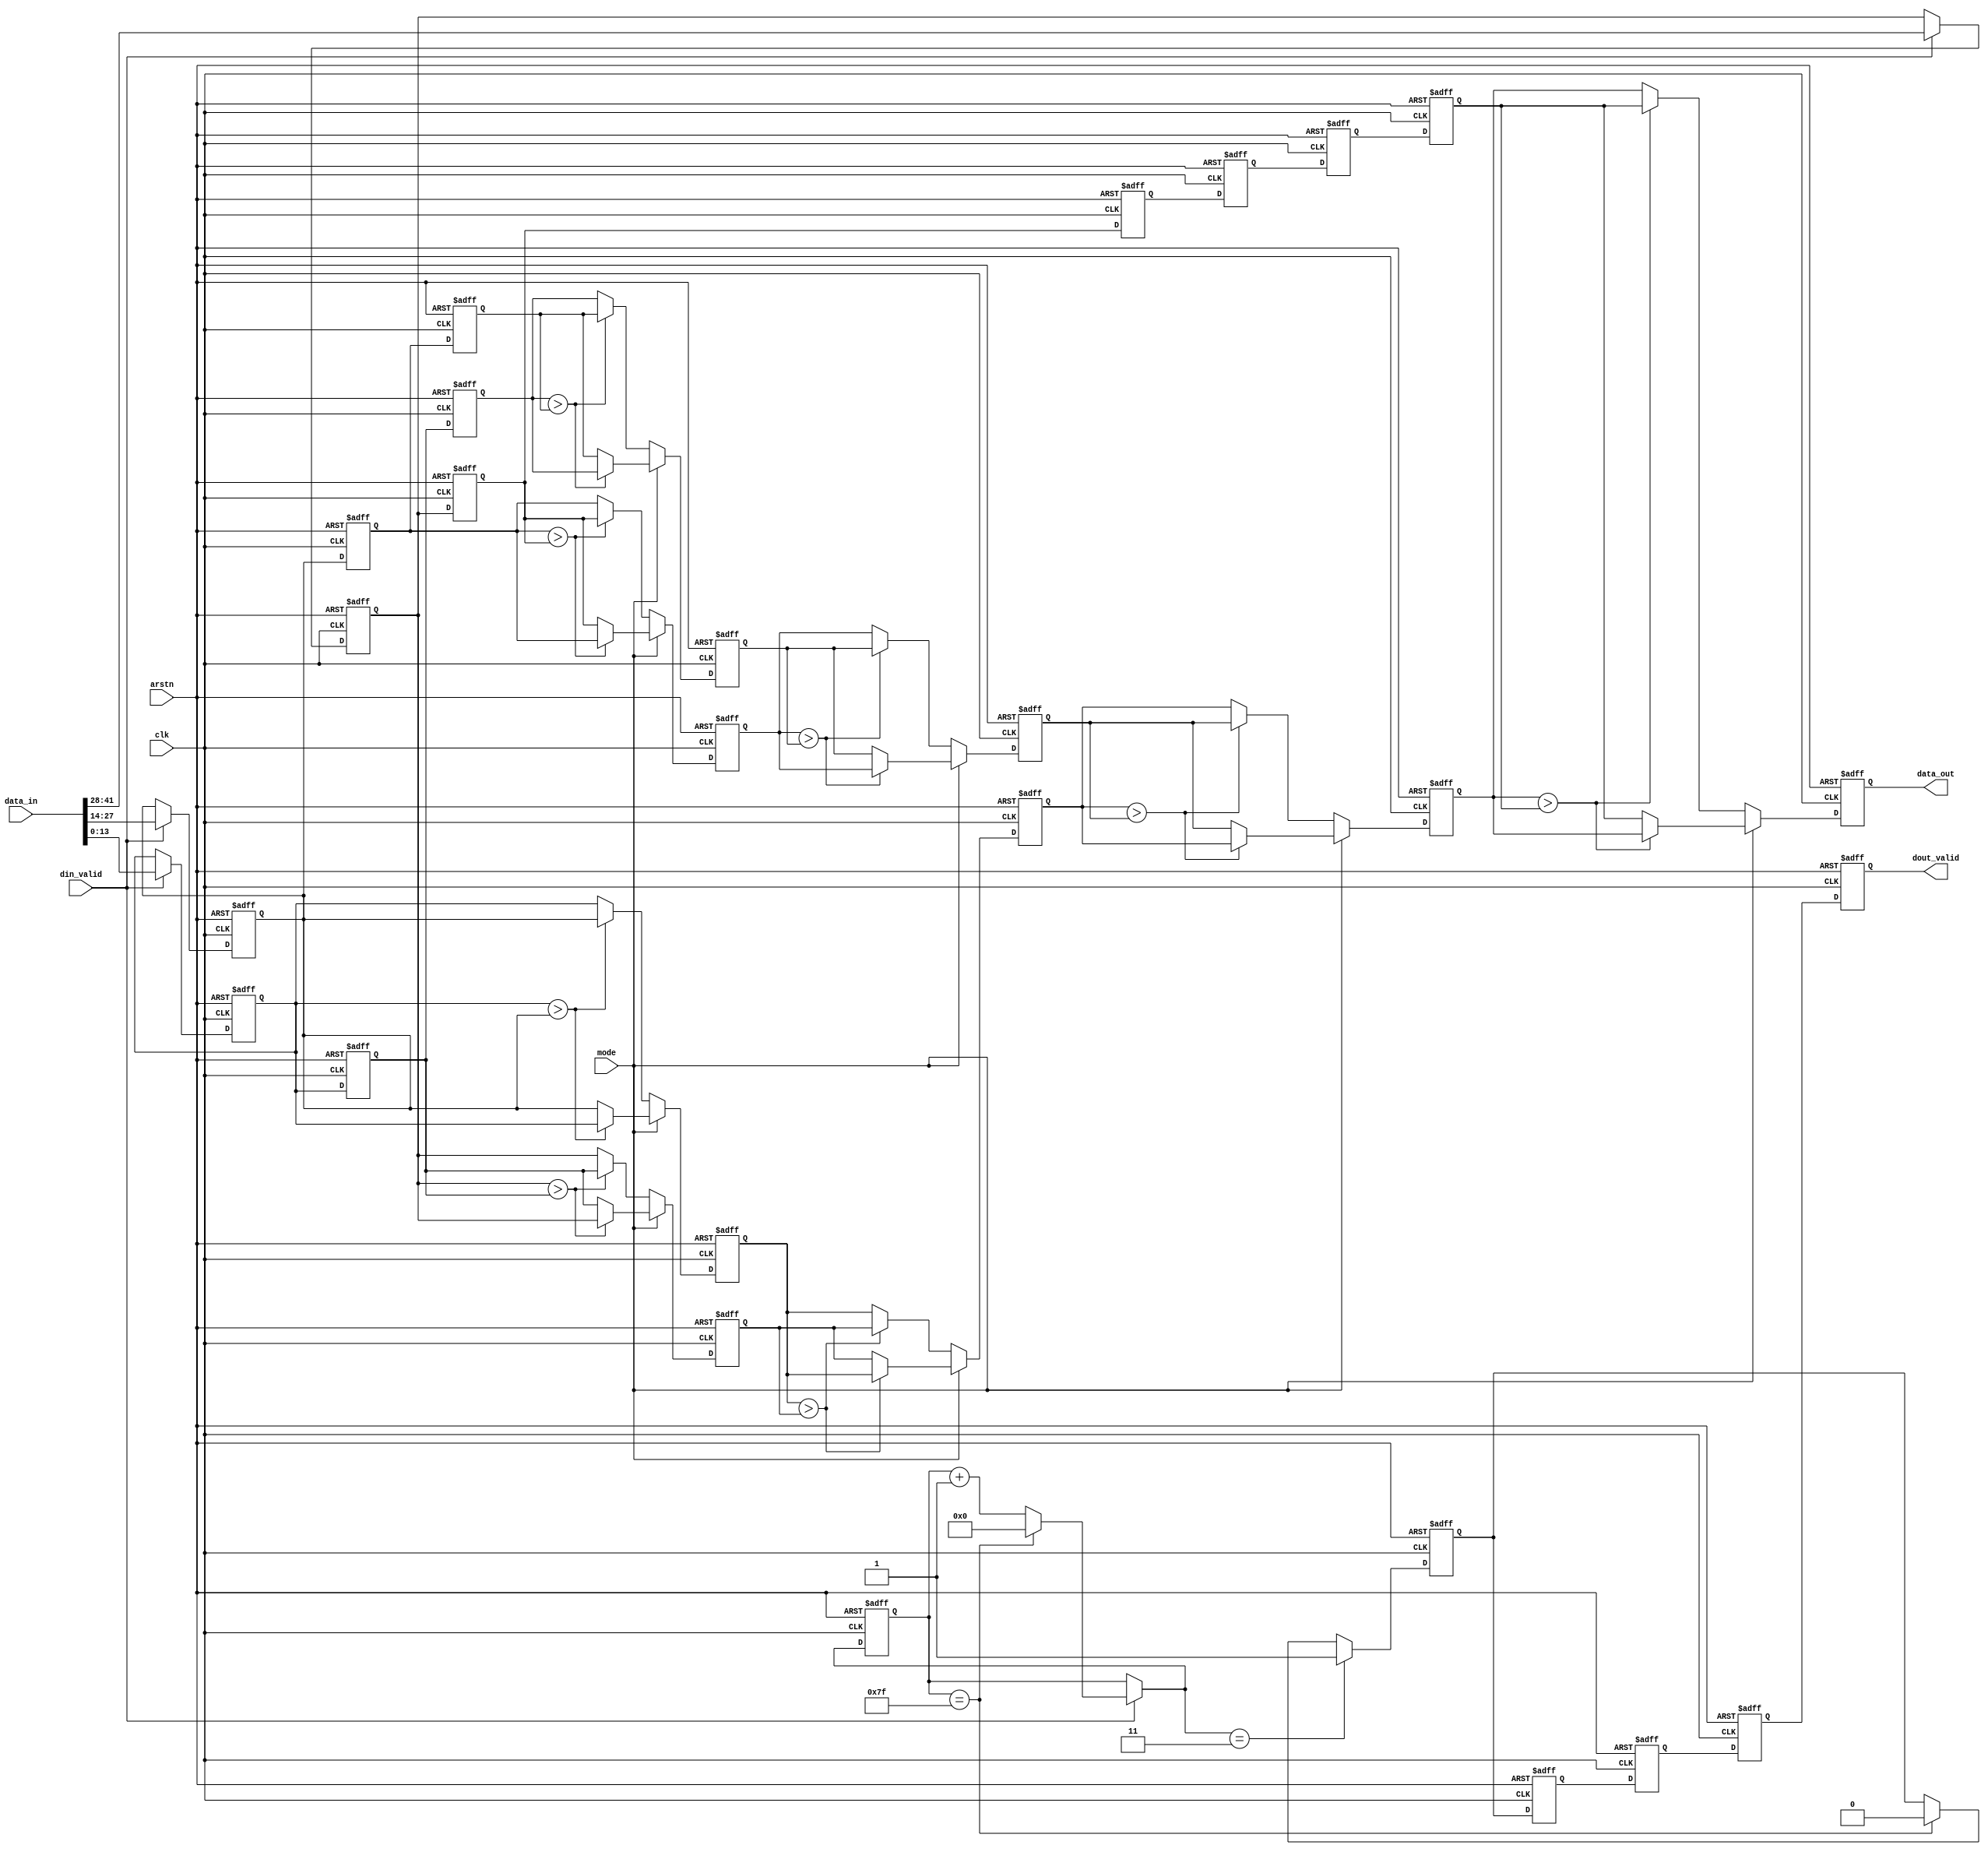
module Compare3x3 #(
    parameter LINE_NUM = 3,
    parameter PIXEL_WIDTH = 14,
    parameter KX_WIDTH =3,
    parameter IMAGE_WIDTH = 128
)(clk,arstn,data_in,din_valid,data_out,dout_valid,mode);

function integer clogb2(input integer bit_depth);
    begin
        for(clogb2 = 0; bit_depth >0;clogb2 = clogb2 +1)
            bit_depth = bit_depth >> 1;
    end
endfunction

localparam CNT_WIDTH = clogb2(IMAGE_WIDTH-1);
localparam DATA_WIDTH = PIXEL_WIDTH*LINE_NUM;

input clk;
input arstn;
input [DATA_WIDTH-1:0]data_in;
input din_valid;
input mode;
output [PIXEL_WIDTH-1:0]data_out;
output dout_valid;

reg [PIXEL_WIDTH-1:0]k00_reg;
reg [PIXEL_WIDTH-1:0]k01_reg;
reg [PIXEL_WIDTH-1:0]k02_reg;
reg [PIXEL_WIDTH-1:0]k10_reg;
reg [PIXEL_WIDTH-1:0]k11_reg;
reg [PIXEL_WIDTH-1:0]k12_reg;
reg [PIXEL_WIDTH-1:0]k20_reg;
reg [PIXEL_WIDTH-1:0]k21_reg;
reg [PIXEL_WIDTH-1:0]k22_reg;
reg [CNT_WIDTH:0]cnt_reg;
reg [CNT_WIDTH:0]cnt;

always@(posedge clk or negedge arstn)
    begin
        if(~arstn)
            begin
                k00_reg <= 0;
                k01_reg <= 0;
                k02_reg <= 0;
            end
        else
            begin
                if(din_valid)
                    begin
                        k00_reg <= data_in[PIXEL_WIDTH-1:0];
                        k01_reg <= data_in[2*PIXEL_WIDTH-1:PIXEL_WIDTH];
                        k02_reg <= data_in[3*PIXEL_WIDTH-1:2*PIXEL_WIDTH];
                    end
            end
    end

always@(posedge clk or negedge arstn)
    begin
        if(~arstn)
            begin
                k10_reg <= 0;
                k11_reg <= 0;
                k12_reg <= 0;
            end
       else
            begin
                k10_reg <= k00_reg;
                k11_reg <= k01_reg;
                k12_reg <= k02_reg;
            end
    end

always@(posedge clk or negedge arstn)
    begin
        if(~arstn)
            begin
                k20_reg <= 0;
                k21_reg <= 0;
                k22_reg <= 0;
            end
         else
            begin
                k20_reg <= k10_reg;
                k21_reg <= k11_reg;
                k22_reg <= k12_reg;
            end
    end
    
 /* The first compare pipe */
reg [PIXEL_WIDTH-1:0]comp_delay_00;
reg [PIXEL_WIDTH-1:0]comp_delay_01;
reg [PIXEL_WIDTH-1:0]comp_delay_02;
reg [PIXEL_WIDTH-1:0]comp_delay_03;
reg [PIXEL_WIDTH-1:0]comp_delay_04;

always@(posedge clk or negedge arstn)
    begin
        if(~arstn)
            begin
                comp_delay_00 <= 0;
                comp_delay_01 <= 0;
                comp_delay_02 <= 0;
                comp_delay_03 <= 0;
                comp_delay_04 <= 0;
            end
        else
            begin
               if(mode == 1'b1)
                    begin
                        if(k00_reg > k01_reg)
                            comp_delay_00 <= k00_reg;
                        else
                            comp_delay_00 <= k01_reg;
                        if(k02_reg > k10_reg)
                            comp_delay_01 <= k02_reg;
                        else
                            comp_delay_01 <= k10_reg;
                        if(k11_reg > k12_reg)
                            comp_delay_02 <= k11_reg;
                        else
                            comp_delay_02 <= k12_reg;
                        if(k20_reg > k21_reg)
                            comp_delay_03 <= k20_reg;
                        else
                            comp_delay_03 <= k21_reg;
                        comp_delay_04 <= k22_reg;    
                    end
               else
                    begin
                        if(k00_reg > k01_reg)
                             comp_delay_00 <= k01_reg;
                        else
                            comp_delay_00 <= k00_reg;
                        if(k02_reg > k10_reg)
                            comp_delay_01 <= k10_reg;
                        else
                            comp_delay_01 <= k02_reg;
                        if(k11_reg > k12_reg)
                            comp_delay_02 <= k12_reg;
                        else
                            comp_delay_02 <= k11_reg;
                        if(k20_reg > k21_reg)
                            comp_delay_03 <= k21_reg;
                        else
                            comp_delay_03 <= k20_reg;
                        comp_delay_04 <= k22_reg;                    
                    end
            end
    end
    
/* The second compare pipe */
reg [PIXEL_WIDTH-1:0]comp_delay_10;
reg [PIXEL_WIDTH-1:0]comp_delay_11;
reg [PIXEL_WIDTH-1:0]comp_delay_12;

always@(posedge clk or negedge arstn)
    begin
        if(~arstn)
            begin
                comp_delay_10 <= 0;
                comp_delay_11 <= 0;
                comp_delay_12 <= 0;
            end
        else
            begin
                if(mode == 1'b1)
                    begin
                        if(comp_delay_00 > comp_delay_01)
                            comp_delay_10 <= comp_delay_00;
                        else
                            comp_delay_10 <= comp_delay_01;
                        
                        if(comp_delay_02 > comp_delay_03)
                            comp_delay_11 <= comp_delay_02;
                        else
                            comp_delay_11 <= comp_delay_03;
                        comp_delay_12 <= comp_delay_04;
                    end
                else
                    begin
                         if(comp_delay_00 > comp_delay_01)
                            comp_delay_10 <= comp_delay_01;
                         else
                            comp_delay_10 <= comp_delay_00;
                    
                         if(comp_delay_02 > comp_delay_03)
                            comp_delay_11 <= comp_delay_03;
                         else
                            comp_delay_11 <= comp_delay_02;
                         comp_delay_12 <= comp_delay_04;                   
                    end
            end
    end

/* The Third compare pipe */
reg [PIXEL_WIDTH-1:0]comp_delay_20;
reg [PIXEL_WIDTH-1:0]comp_delay_21;

always@(posedge clk or negedge arstn)
    begin
        if(~arstn)
            begin
                comp_delay_20 <= 0;
                comp_delay_21 <= 0;
            end
        else
            begin
                if(mode == 1'b1)
                    begin
                        if(comp_delay_10 > comp_delay_11)
                           comp_delay_20 <= comp_delay_10;
                        else
                            comp_delay_20 <= comp_delay_11;
                        comp_delay_21 <= comp_delay_12;
                    end
                else
                    begin
                        if(comp_delay_10 > comp_delay_11)
                            comp_delay_20 <= comp_delay_11;
                        else
                            comp_delay_20 <= comp_delay_10;
                        comp_delay_21 <= comp_delay_12;
                    end
            end
    end

/* The Fourth compare pipe */
reg [PIXEL_WIDTH-1:0]comp_delay_30;            
always@(posedge clk or negedge arstn)
    begin
        if(~arstn)
            comp_delay_30 <= 0;
        else
            begin
                if(mode == 1'b1)
                    begin
                        if(comp_delay_20 > comp_delay_21)
                            comp_delay_30 <= comp_delay_20;
                        else
                            comp_delay_30 <= comp_delay_21;
                    end
                else
                    begin
                        if(comp_delay_20 > comp_delay_21)
                            comp_delay_30 <= comp_delay_21;
                        else
                            comp_delay_30 <= comp_delay_20;
                    end
            end
    end

assign data_out = comp_delay_30;

always@(posedge clk or negedge arstn)
    begin
        if(~arstn)
            cnt_reg <= 0;
        else
            cnt_reg <= cnt;
    end

always@(*)
    begin
        if(din_valid)
            begin 
                if(cnt_reg == IMAGE_WIDTH - 1)
                    cnt = 0;
                else
                    cnt = cnt_reg + 1'b1;  
            end
        else
            cnt = cnt_reg;
    end   

/* dout_valid pipe*/
reg tvalid;
reg tvalid_delay_0;
reg tvalid_delay_1;
reg tvalid_delay_2;
reg tvalid_delay_3;
always@(posedge clk or negedge arstn)
    begin
        if(~arstn)
           tvalid <= 0;
        else 
            begin
                if(cnt == KX_WIDTH)
                    tvalid <= 1'b1;
                else if(cnt_reg == IMAGE_WIDTH - 1)
                    tvalid <= 1'b0;
                else
                    tvalid <= tvalid;
            end  
    end

always@(posedge clk or negedge arstn)
    begin
        if(~arstn)
            begin
                tvalid_delay_0 <= 0;
                tvalid_delay_1 <= 0;
                tvalid_delay_2 <= 0;
                tvalid_delay_3 <= 0;
            end
        else
            begin
                tvalid_delay_0 <= tvalid;
                tvalid_delay_1 <= tvalid_delay_0;
                tvalid_delay_2 <= tvalid_delay_1;
                tvalid_delay_3 <= tvalid_delay_2;
            end
    end
assign dout_valid = tvalid_delay_3;











endmodule